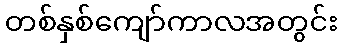
တစ်နှစ်ကျော်ကာလအတွင်း